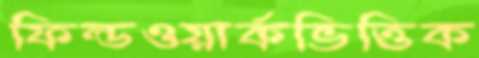
ফিল্ডওয়ার্কভিত্তিক